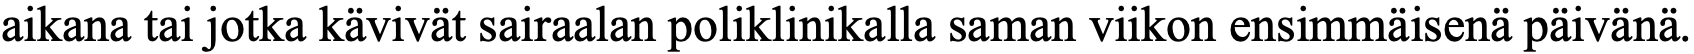
aikana tai jotka kävivät sairaalan poliklinikalla saman viikon ensimmäisenä päivänä.